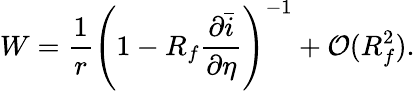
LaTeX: W=\frac{1}{r}\left(1-R_{f}\frac{\partial\bar{i}}{\partial\eta}\right)^{-1}+\mathcal{O}(R_{f}^{2}).